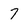
Character: 7